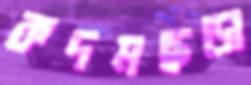
কদমছড়া